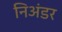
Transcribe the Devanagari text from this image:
निअंडर